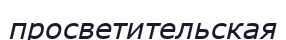
просветительская